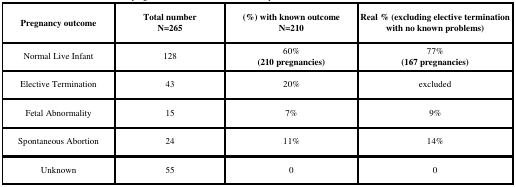
<table><thead><tr><td><b>Pregnancy outcome</b></td><td><b>Total numberN=265</b></td><td><b>(%) with known outcomeN=210</b></td><td><b>Real % (excluding elective termination with no known problems)</b></td></tr></thead><tbody><tr><td>Normal Live Infant</td><td>128</td><td>60% <b>(210 pregnancies)</b></td><td>77% <b>(167 pregnancies)</b></td></tr><tr><td>Elective Termination</td><td>43</td><td>20%</td><td>excluded</td></tr><tr><td>Fetal Abnormality</td><td>15</td><td>7%</td><td>9%</td></tr><tr><td>Spontaneous Abortion</td><td>24</td><td>11%</td><td>14%</td></tr><tr><td>Unknown</td><td>55</td><td>0</td><td>0</td></tr></tbody></table>